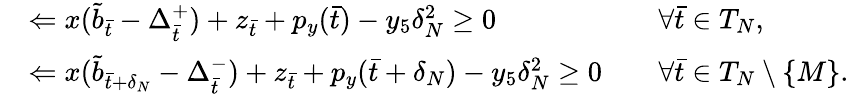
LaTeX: \begin{array}{rlrl}&{\Leftarrow x(\tilde{b}_{\bar{t}}-\Delta_{\bar{t}}^{+})+z_{\bar{t}}+p_{y}(\bar{t})-y_{5}\delta_{N}^{2}\geq 0}&&{\forall\bar{t}\in T_{N},}\\ &{\Leftarrow x(\tilde{b}_{\bar{t}+\delta_{N}}-\Delta_{\bar{t}}^{-})+z_{\bar{t}}+p_{y}(\bar{t}+\delta_{N})-y_{5}\delta_{N}^{2}\geq 0}&&{\forall\bar{t}\in T_{N}\setminus\{ M\} .}\end{array}